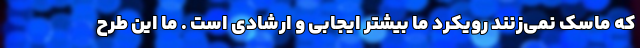
که ماسک نمی‌زنند رویکرد ما بیشتر ایجابی و ارشادی است . ما این طرح